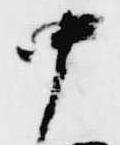
中